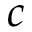
c